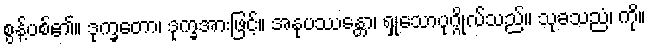
စွန့်ပစ်၏။ ဒုက္ခတော၊ ဒုက္ခအားဖြင့်။ အနုပဿန္တော၊ ရှုသောပုဂ္ဂိုလ်သည်။ သုခသညံ၊ ကို။